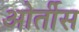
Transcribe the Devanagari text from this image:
ओर्तीस